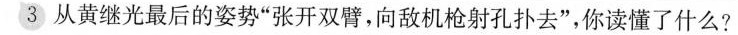
从黄继光最后的姿势“张开双臂，向敌机枪射孔扑过去”，你读懂了什么？